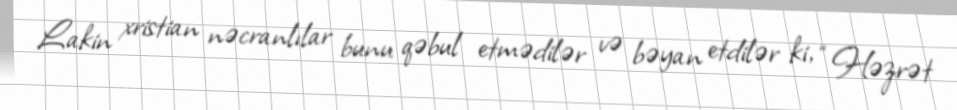
Lakin xristian nəcranlılar bunu qəbul etmədilər və bəyan etdilər ki, “Həzrət